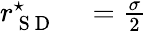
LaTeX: \begin{array}{rl}{r_{\mathrm{~S~D~}}^{\star}}&{{}=\frac{\sigma}{2}}\end{array}